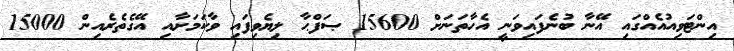
އިންޓަވިއުއެއްގައި އޭނާ ބުނެފައިވަނީ އެހާތަނަށް 15600 ޞަފްޙާ ލިޔެވިފައި ވާކަމަށާއި އޭގެތެރެއިން 15000